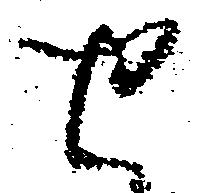
せ